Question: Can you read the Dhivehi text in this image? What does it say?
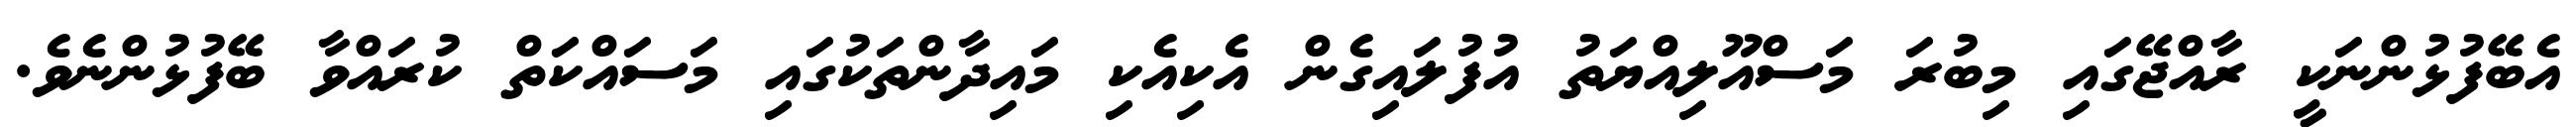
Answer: އެބޭފުޅުންނަކީ ރާއްޖޭގައި މިބުރަ މަސްއޫލިއްޔަތު އުފުލައިގެން އެކިއެކި މައިދާންތަކުގައި މަސައްކަތް ކުރައްވާ ބޭފުޅުންނެވެ.